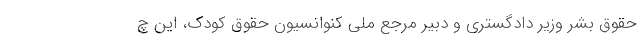
حقوق بشر وزیر دادگستری و دبیر مرجع ملی کنوانسیون حقوق کودک، این چ